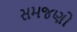
સમજણો